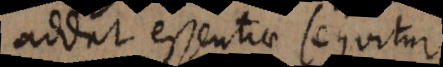
addat essentiae sequitur